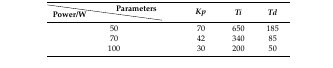
|  | Parameters | <ROWSPAN=2> Kp | <ROWSPAN=2> Ti | <ROWSPAN=2> Td |
 | Power/W |  |
 | --- | --- | --- | --- | --- |
 | <COLSPAN=2> 50 | 70 | 650 | 185 |
 | <COLSPAN=2> 70 | 42 | 340 | 85 |
 | <COLSPAN=2> 100 | 30 | 200 | 50 |